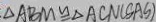
\Delta A B M \cong \Delta A C N ( S A S )